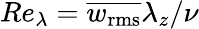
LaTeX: Re_{\lambda}=\overline{{w_{\mathrm{rms}}}}\lambda_{z}/\nu